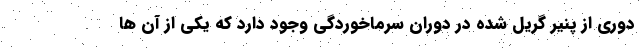
دوری از پنیر گریل شده در دوران سرماخوردگی وجود دارد که یکی از آن ها